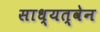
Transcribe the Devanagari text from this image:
साध्यत्वेन